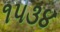
૧૫૩૪